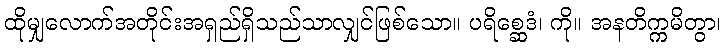
ထိုမျှလောက်အတိုင်းအရှည်ရှိသည်သာလျှင်ဖြစ်သော။ ပရိစ္ဆေဒံ၊ ကို။ အနတိက္ကမိတွာ၊